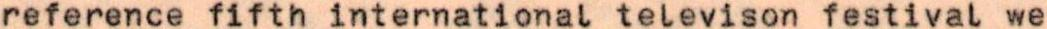
reference fiftn international televison festival we